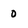
Character: 0